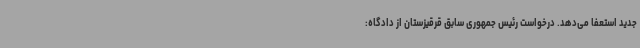
جدید استعفا می‌دهد. درخواست رئیس جمهوری سابق قرقیزستان از دادگاه: